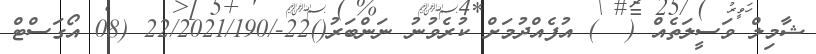
ޝާމިލް ވަސީލަތެއް (  ) އުފެއްދުމަށް ކުރެވުނު ނަންބަރު()22-/22/2021/190 (08 އޯގަސްޓް